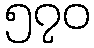
၅၇၀